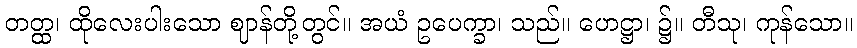
တတ္ထ၊ ထိုလေးပါးသော ဈာန်တို့တွင်။ အယံ ဥပေက္ခာ၊ သည်။ ဟေဋ္ဌာ၊ ၌။ တီသု၊ ကုန်သော။